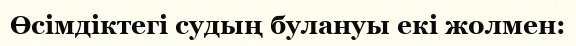
Өсімдіктегі судың булануы екі жолмен: